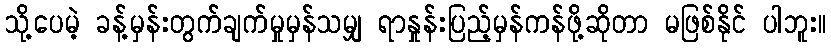
သို့ပေမဲ့ ခန့်မှန်းတွက်ချက်မှုမှန်သမျှ ရာနှုန်းပြည့်မှန်ကန်ဖို့ဆိုတာ မဖြစ်နိုင် ပါဘူး။